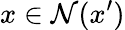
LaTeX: x\in\mathcal{N}(x^{\prime})